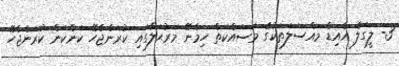
3- ލީގަލް އެއިޑް މައްސަލަތަކުގެ މަސައްކަތް ހިމެނޭ މަރުޙަލާގައި ކުރަންޖެހޭ ކަންކަން ކުރަންޖެހޭ